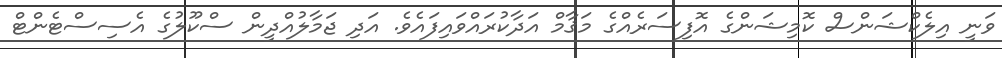
ވަނީ އިލެކްޝަންސް ކޮމިޝަންގެ އޮފިސަރެއްގެ މަޤާމް އަދާކުރައްވައިފައެވެ. އަދި ޖަމާލުއްދީން ސްކޫލުގެ އެސިސްޓެންޓް